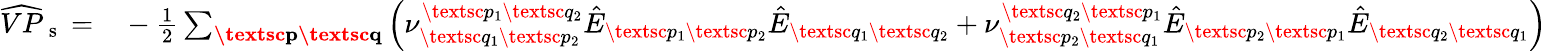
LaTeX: \begin{array}{rl}{\widehat{VP}_{\mathrm{~s~}}=}&{{}-\frac{1}{2}\sum_{\textbf{\textsc{p}}\textbf{\textsc{q}}}\left(\nu_{\textsc{q}_{1}\textsc{p}_{2}}^{\textsc{p}_{1}\textsc{q}_{2}}\hat{E}_{\textsc{p}_{1}\textsc{p}_{2}}\hat{E}_{\textsc{q}_{1}\textsc{q}_{2}}+\nu_{\textsc{p}_{2}\textsc{q}_{1}}^{\textsc{q}_{2}\textsc{p}_{1}}\hat{E}_{\textsc{p}_{2}\textsc{p}_{1}}\hat{E}_{\textsc{q}_{2}\textsc{q}_{1}}\right)}\end{array}